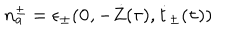
n _ { a } ^ { \pm } = \epsilon _ { \pm } ( { \bf 0 } , - \dot { Z } ( \tau ) , \dot { t } _ { \pm } ( \tau ) )